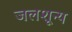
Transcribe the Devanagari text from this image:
जलशून्य